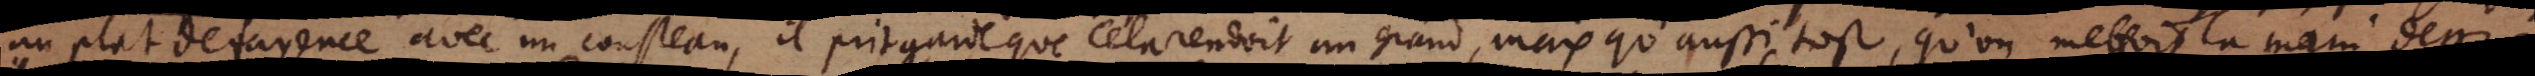
un plat de fayence avec un cousteau, il prit garde que cela rendoit un grand, mais qu’aussi tost, qu’on mettoit la main dessus